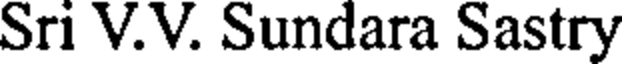
Sri V.V. Sundara Sastry